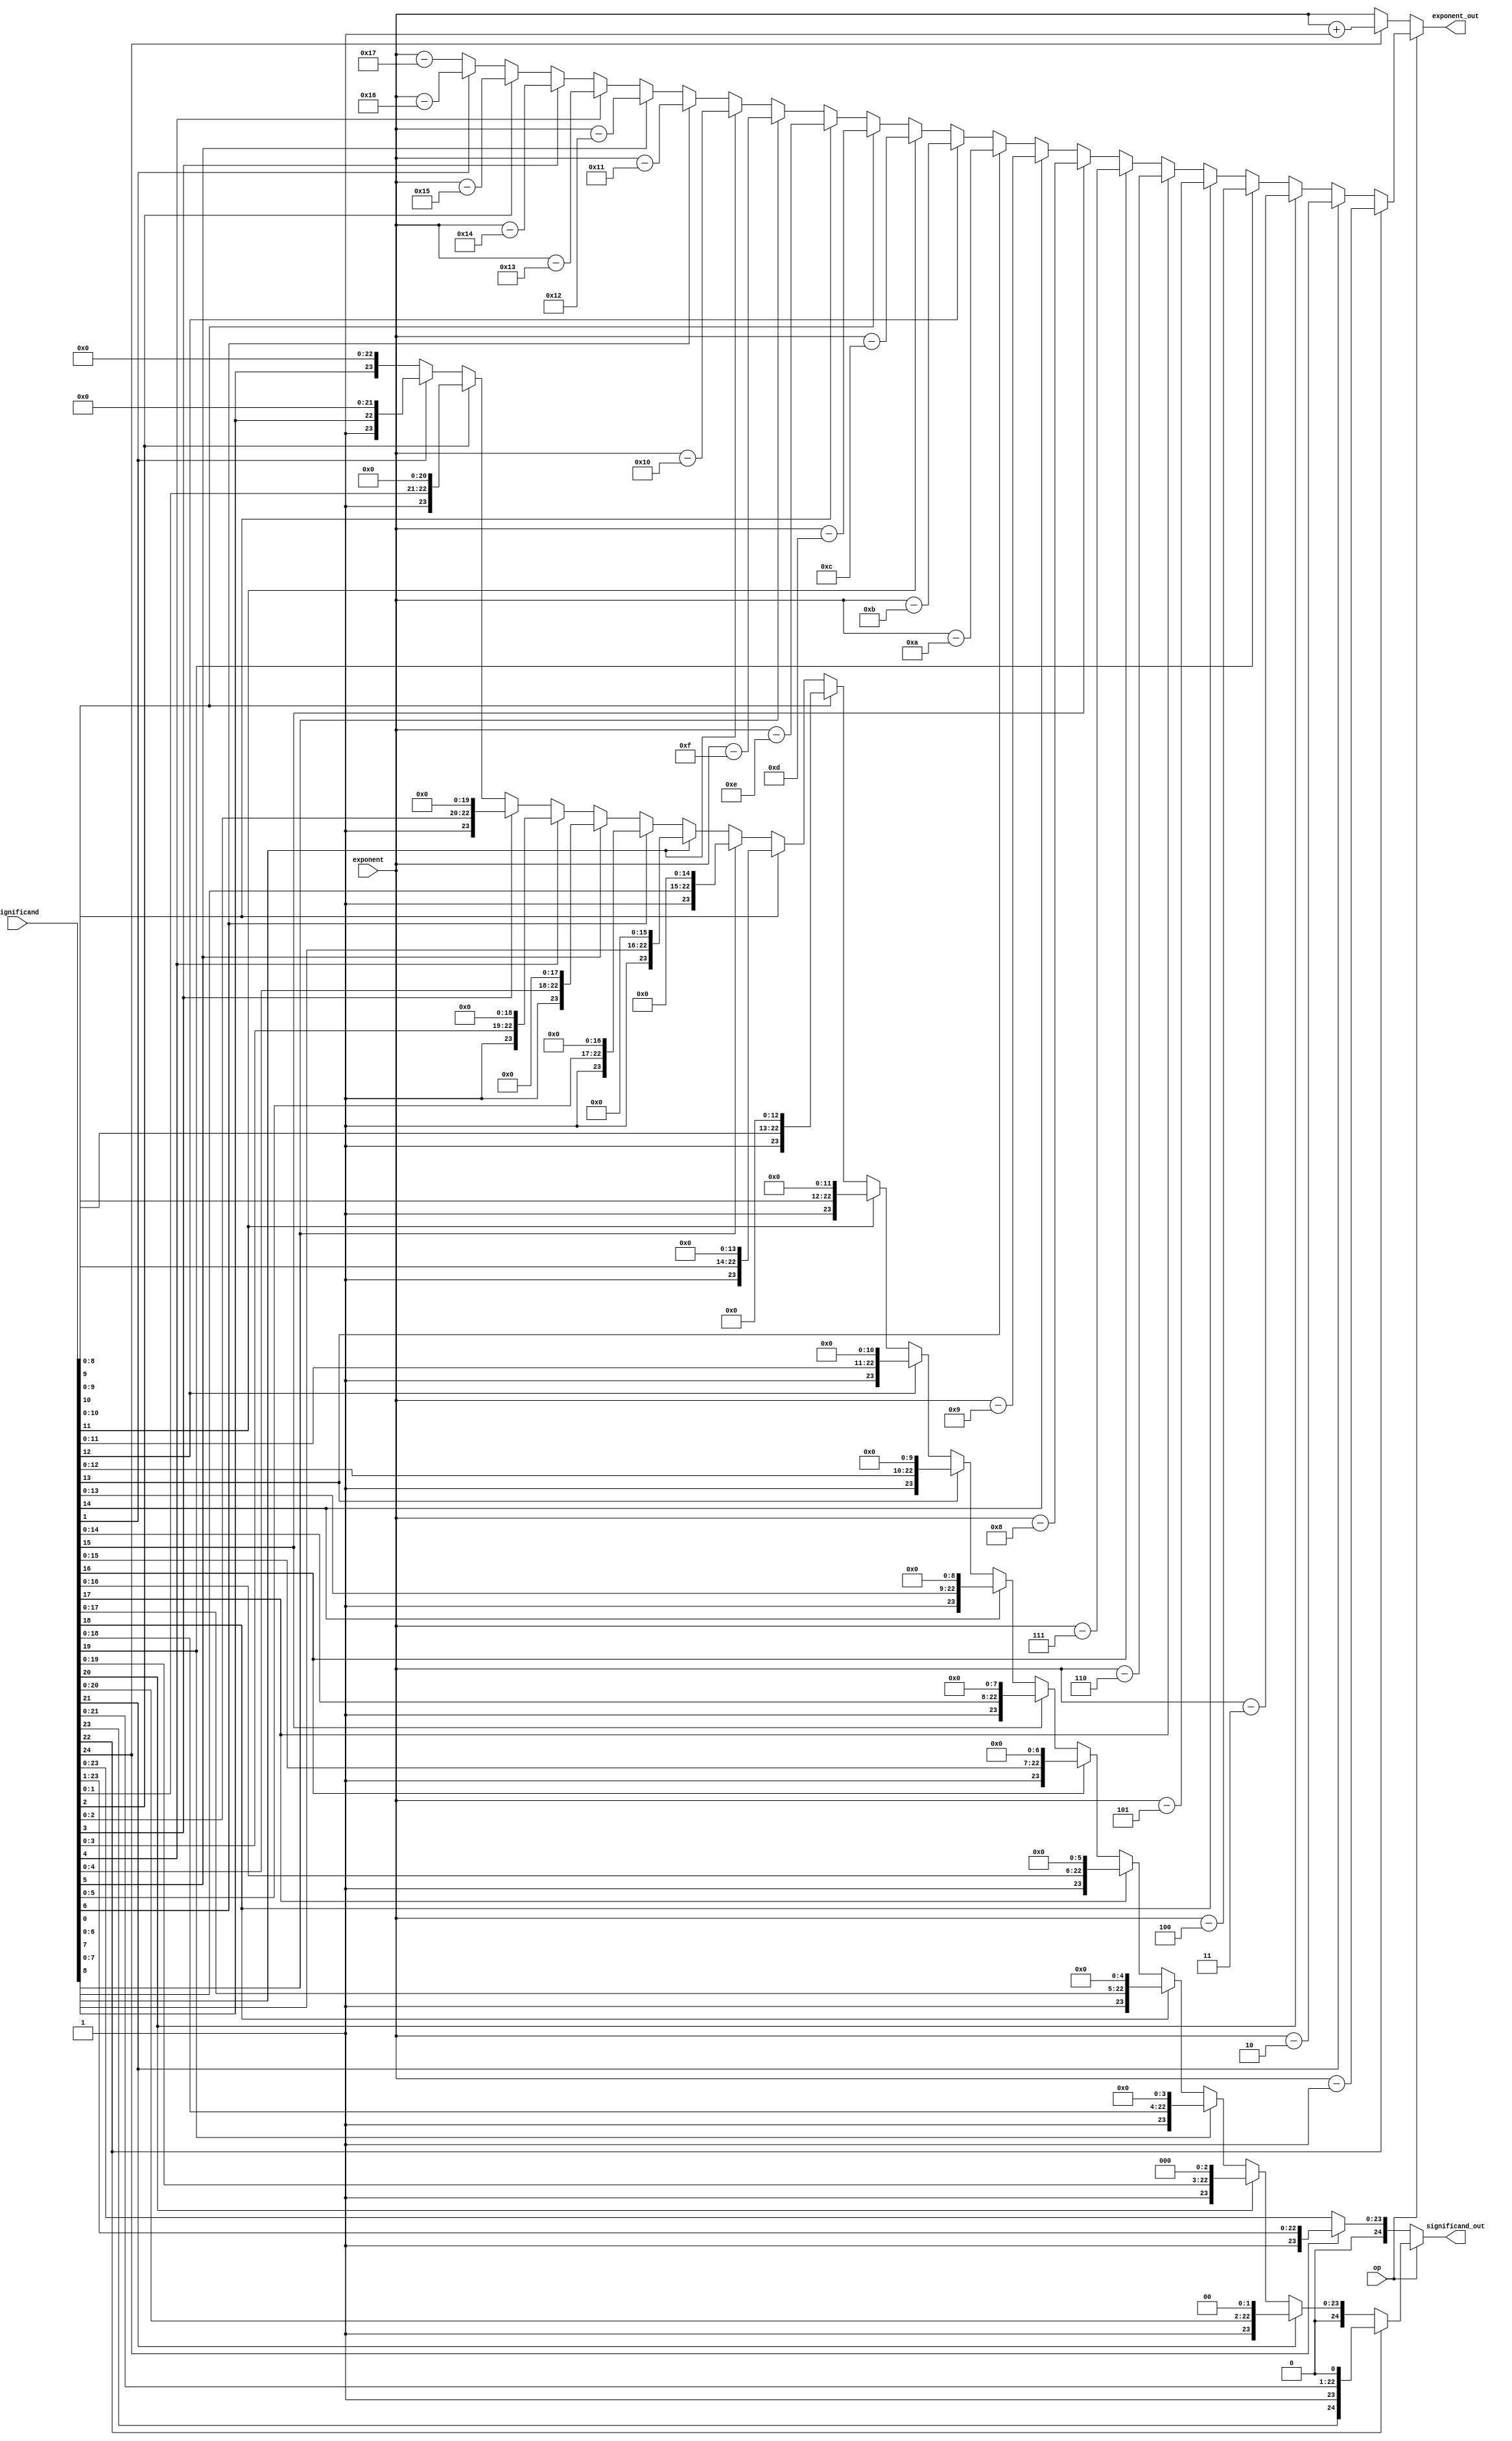

module normalise_sum (input [24:0] significand, input [7:0] exponent, input op, output reg [24:0] significand_out, output reg [7:0] exponent_out);



always @(*) begin

	

	if(op == 0) begin					// In addition, if the sum exceeds a single bit before the decimal, frac [24] will become 1
		if(significand[24] == 1) 
			begin
			significand_out = significand >> 1;
			exponent_out = exponent + 1;
		        end
		else 
			begin
			significand_out = significand;
			exponent_out = exponent;
			end 
	end

	else begin
		
		
		 if (significand[22] == 1'b1) begin
			exponent_out = exponent - 1;
			significand_out = significand << 1;
		end
		else if (significand[21] == 1'b1) begin
			exponent_out = exponent - 2;
			significand_out = significand << 2;
		end
		else if (significand[20] == 1'b1) begin
			exponent_out = exponent - 3;
			significand_out = significand << 3;
		end

		else if (significand[19] == 1'b1) begin
			exponent_out = exponent - 4;
			significand_out = significand << 4;
		end
		else if (significand[18] == 1'b1) begin
			exponent_out = exponent - 5;
			significand_out = significand << 5;
		end
		else if (significand[17] == 1'b1) begin
			exponent_out = exponent - 6;
			significand_out = significand << 6;
		end

		else if (significand[16] == 1'b1) begin
			exponent_out = exponent - 7;
			significand_out = significand << 7;
		end
		else if (significand[15] == 1'b1) begin
			exponent_out = exponent - 8;
			significand_out = significand << 8;
		end
		else if (significand[14] == 1'b1) begin
			exponent_out = exponent - 9;
			significand_out = significand << 9;
		end
		else if (significand[13] == 1'b1) begin
			exponent_out = exponent - 10;
			significand_out = significand << 10;
		end
		else if (significand[12] == 1'b1) begin
			exponent_out = exponent - 11;
			significand_out = significand << 11;
		end
		else if (significand[11] == 1'b1) begin
			exponent_out = exponent - 12;
			significand_out = significand << 12;
		end
		else if (significand[10] == 1'b1) begin
			exponent_out = exponent - 13;
			significand_out = significand << 13;
		end
		else if (significand[9] == 1'b1) begin
			exponent_out = exponent - 14;
			significand_out = significand << 14;
		end
		else if (significand[8] == 1'b1) begin
			exponent_out = exponent - 15;
			significand_out = significand << 15;
		end
		else if (significand[7] == 1'b1) begin
			exponent_out = exponent - 16;
			significand_out = significand << 16;
		end
		else if (significand[6] == 1'b1) begin
			exponent_out = exponent - 17;
			significand_out = significand << 17;
		end
		else if (significand[5] == 1'b1) begin
			exponent_out = exponent - 18;
			significand_out = significand << 18;
		end
		else if (significand[4] == 1'b1) begin
			exponent_out = exponent - 19;
			significand_out = significand << 19;
		end
		else if (significand[3] == 1'b1) begin
			exponent_out = exponent - 20;
			significand_out = significand << 20;
		end
		else if (significand[2] == 1'b1) begin
			exponent_out = exponent - 21;
			significand_out = significand << 21;

		end
		else if (significand[1] == 1'b1) begin
			exponent_out = exponent - 22;
			significand_out = significand << 22;
		end
		else   begin
			exponent_out = exponent - 23;
			significand_out = significand << 23;
		end
		
  
	end

end

endmodule